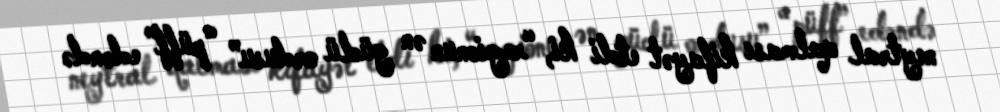
neytral qalması kifayət etdi ki, “regionun ən güclü ordusu” “püff” edəndə